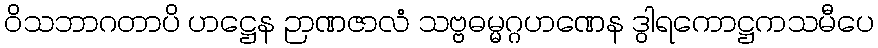
ဝိသဘာဂတာပိ ဟဋ္ဌေန ဉာဏဇာလံ သဗ္ဗဓမ္မဂ္ဂဟဏေန ဒွါရကောဋ္ဌကသမီပေ